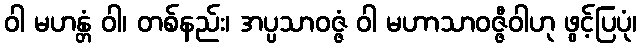
ဝါ မဟန္တံ ဝါ၊ တစ်နည်း၊ အပ္ပသာဝဇ္ဇံ ဝါ မဟာသာဝဇ္ဇီဝါဟု ဖွင့်ပြပုံ၊